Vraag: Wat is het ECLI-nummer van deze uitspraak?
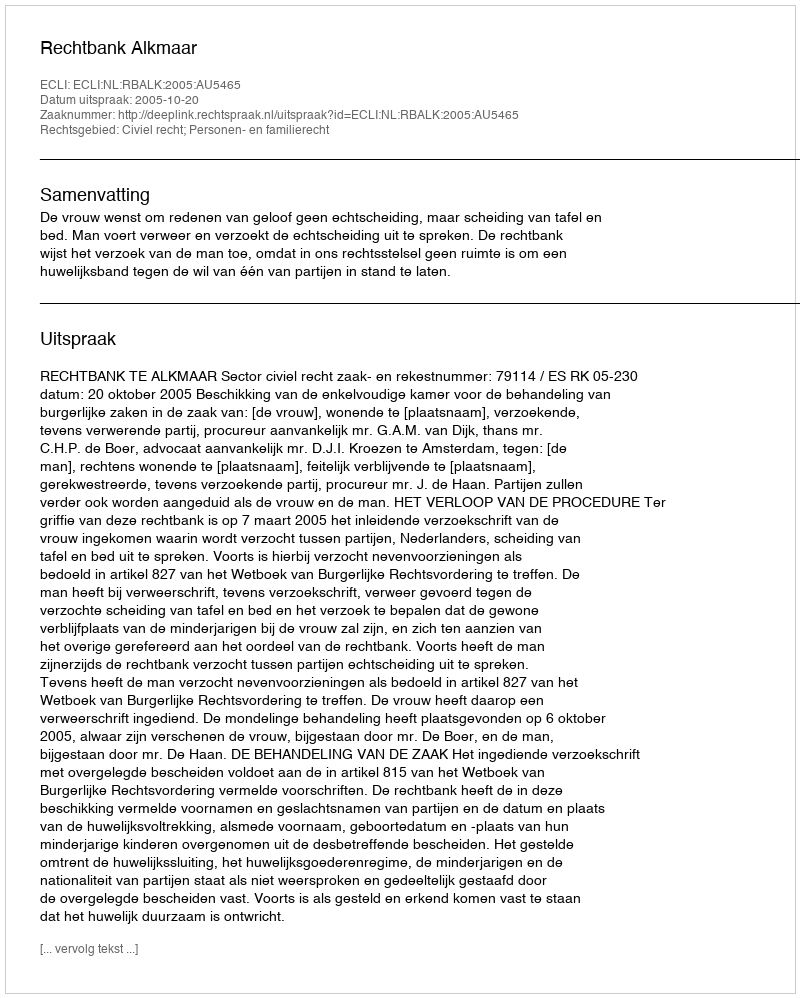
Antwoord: ECLI:NL:RBALK:2005:AU5465